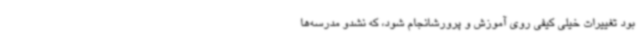
بود تغییرات خیلی کیفی روی آموزش و پرورشانجام شود، که نشدو مدرسه‌ها